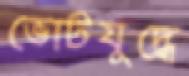
ভোটযুদ্ধে